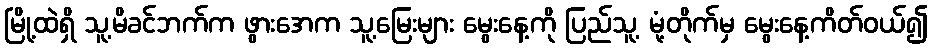
မြို့ထဲရှိ သူ့မိခင်ဘက်က ဖွားအေက သူ့မြေးများ မွေးနေ့ကို ပြည်သူ့ မုံ့တိုက်မှ မွေးနေ့ကိတ်ဝယ်၍